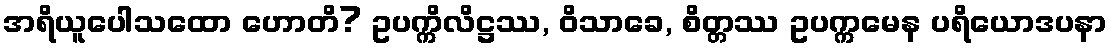
အရိယူပေါသထော ဟောတိ? ဥပက္ကိလိဋ္ဌဿ, ဝိသာခေ, စိတ္တဿ ဥပက္ကမေန ပရိယောဒပနာ